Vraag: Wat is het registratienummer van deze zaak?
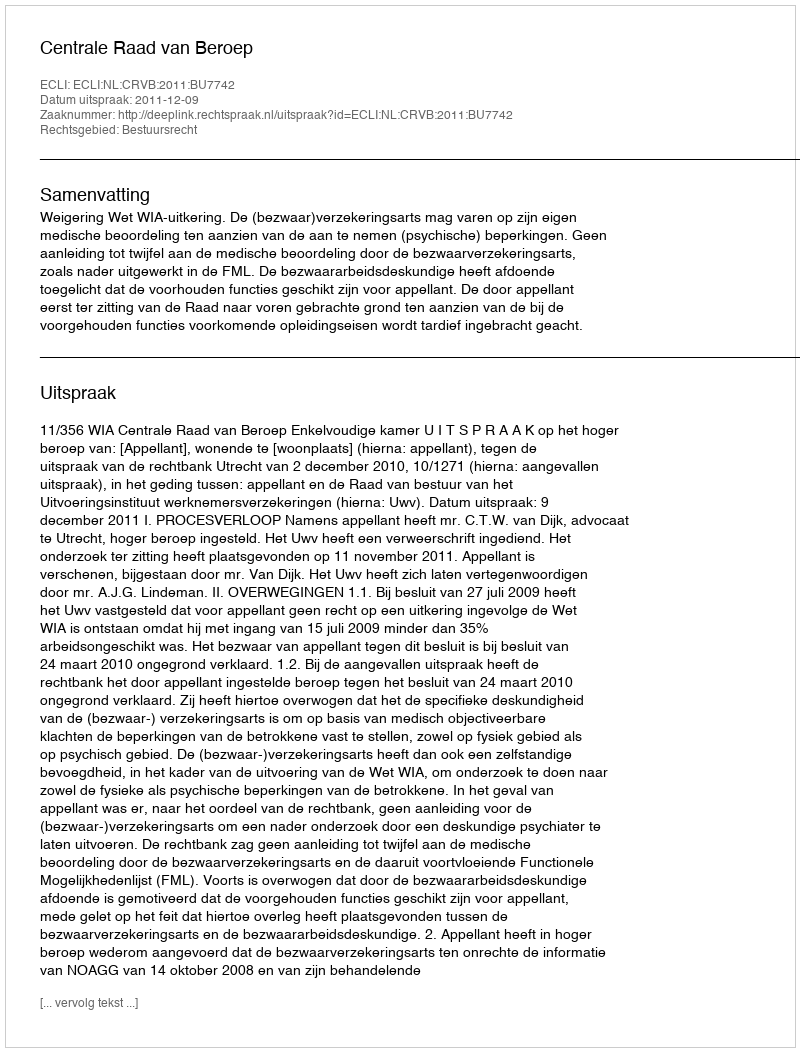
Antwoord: http://deeplink.rechtspraak.nl/uitspraak?id=ECLI:NL:CRVB:2011:BU7742